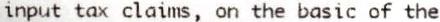
INPUT TAX CLAIMS, ON THE BASIC OF THE